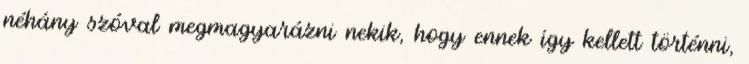
néhány szóval megmagyarázni nekik, hogy ennek így kellett történni,